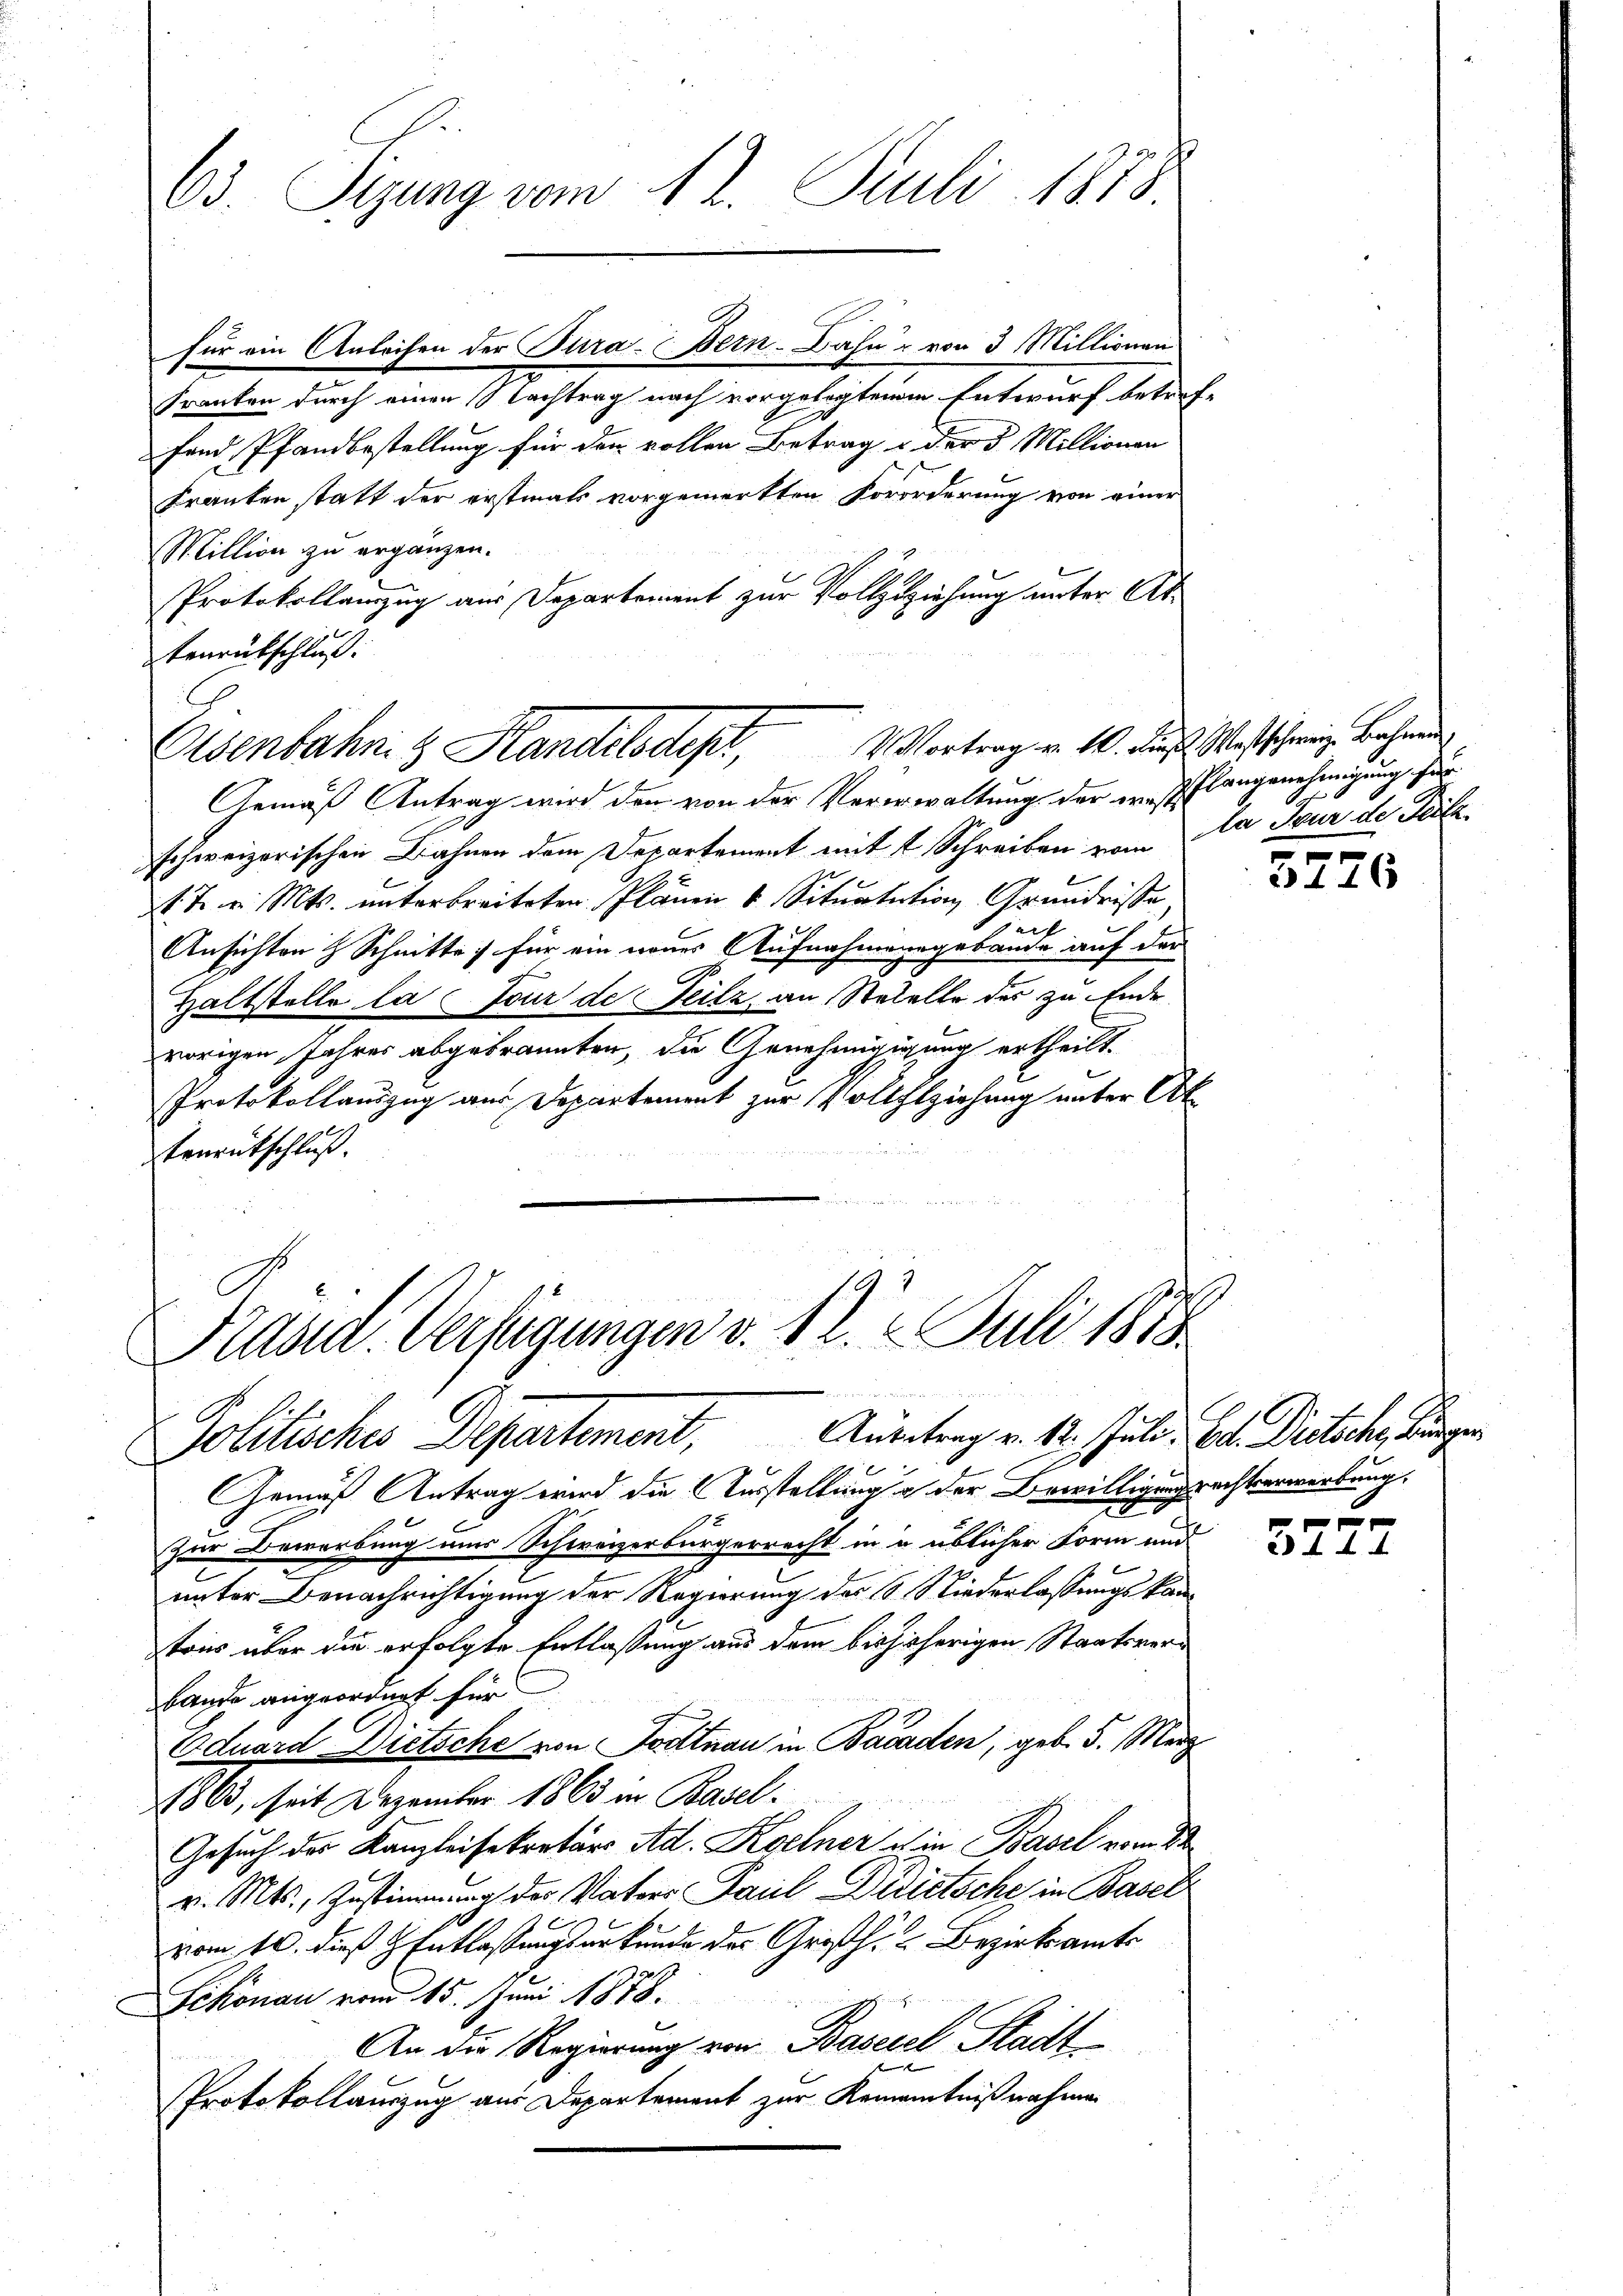
Franken durch einen Nachtrag nach vorgelegtenen Entwurf betref-
fand Pfandbestellung für den vollen Betrag u. der 5 Millionen
Franken statt der erstmals vorgemerkten Vororderung von einer
Million zu ergänzen.
Protokollamzug aus Departement zur Vollzuziehung unter Ab¬
Tenrückschluß.

Gemäß Antrag wird den von der Vererwaltung der er Pflangenehmigung für
schweizerischen Bahnen dem Departement mit 1 Schreiben vom da Feur de Seitet 7. v. Mts. unterbreiteten Plänen & Situatation Grundrisse
e
Ansichten & Schnitte für ein neues Aufnahmensgebäude auf der
Haltstelle la jour de Teilz, an Stadelle der zu Ende
vorigen Jahres abgebrannten, die Genehmigigung ertheilt.
Protokollauszug aus Departement zur Vollziehung unter At
tementschluß.

Gemäß Antrag wird die Ausstellung der Bewilligungsrechtserwerbung.
zur Bewerbung aus Schweizerbürgerrecht in in üblicher Form und
b
unter Benachrichtigung der Regierung des Niederlassungskamtons über die erfolgte Entlassung aus dem bishisherigen Staatsverbande angeordnet für
Eduard Dietsche von Todtnau in Bacaden, geb. 5. März
1863, seit Dezember 1863 in Basel¬
Gesuch des Kanzleisekretärs Ad. Koelner ist in Basel vom 2ten
v. Mts., Zustimmung der Vaters Paul Didietsche, in Basel
vom 10. dieß H. Entlaßungsurkunde des Großh. Bezirksamts
Sckonau vom 15. Juni 1878.
An die Regierung von Basezel Stadt
n
Protokollauszug aus Departement zur Remanntnißnahmen

Passa-Verfügungen v. 12. Juli 1813
Politisches Departement, Ausstrag v. 12. Juli. Cet. Deutsche, die

63. Sizung vom 12. Juli 1878.

für ein Anleihen der Tura. Bern-Dahn von 3 Millionen

V. Vortrag v. M. Die
Eisenbahn & Handels dest,

Westschweiz Bahnen

3776

3277